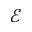
\mathcal { E }